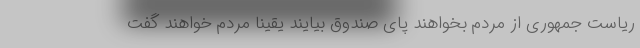
ریاست جمهوری از مردم بخواهند پای صندوق بیایند یقینا مردم خواهند گفت